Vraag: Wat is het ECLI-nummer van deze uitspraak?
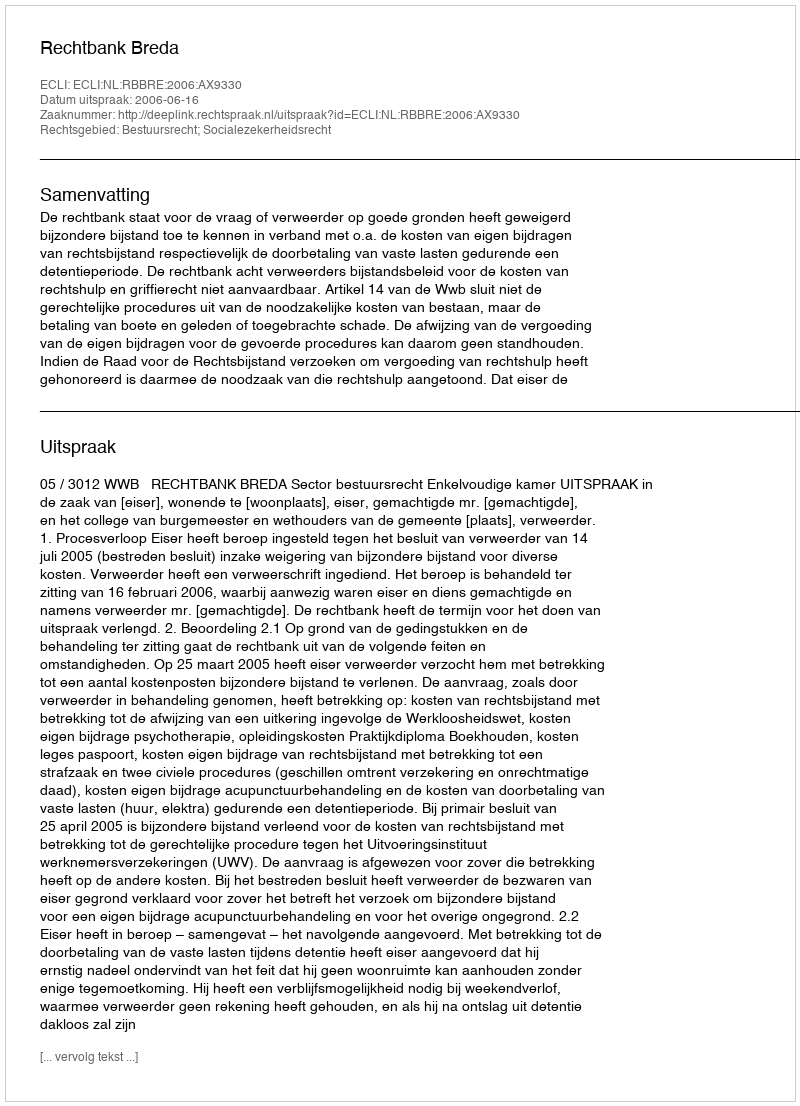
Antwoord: ECLI:NL:RBBRE:2006:AX9330